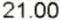
21.00